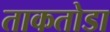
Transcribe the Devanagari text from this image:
ताकतोडा